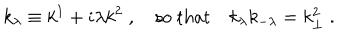
k _ { \lambda } \equiv k ^ { 1 } + i \lambda k ^ { 2 } \; , \quad \mathrm { s o ~ t h a t } \quad k _ { \lambda } k _ { - \lambda } = k _ { \perp } ^ { 2 } \; .